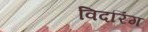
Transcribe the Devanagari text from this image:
विदरिंग